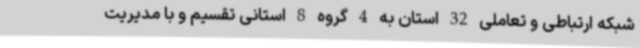
شبکه ارتباطی و تعاملی 32 استان به 4 گروه 8 استانی تقسیم و با مدیریت